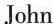
John